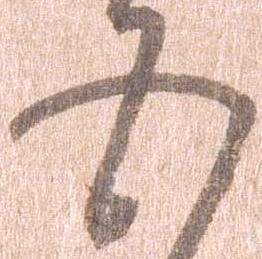
五